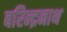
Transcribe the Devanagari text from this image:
बरिन्द्रनाथ